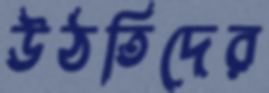
উঠতিদের